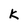
Character: K